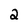
Character: 2